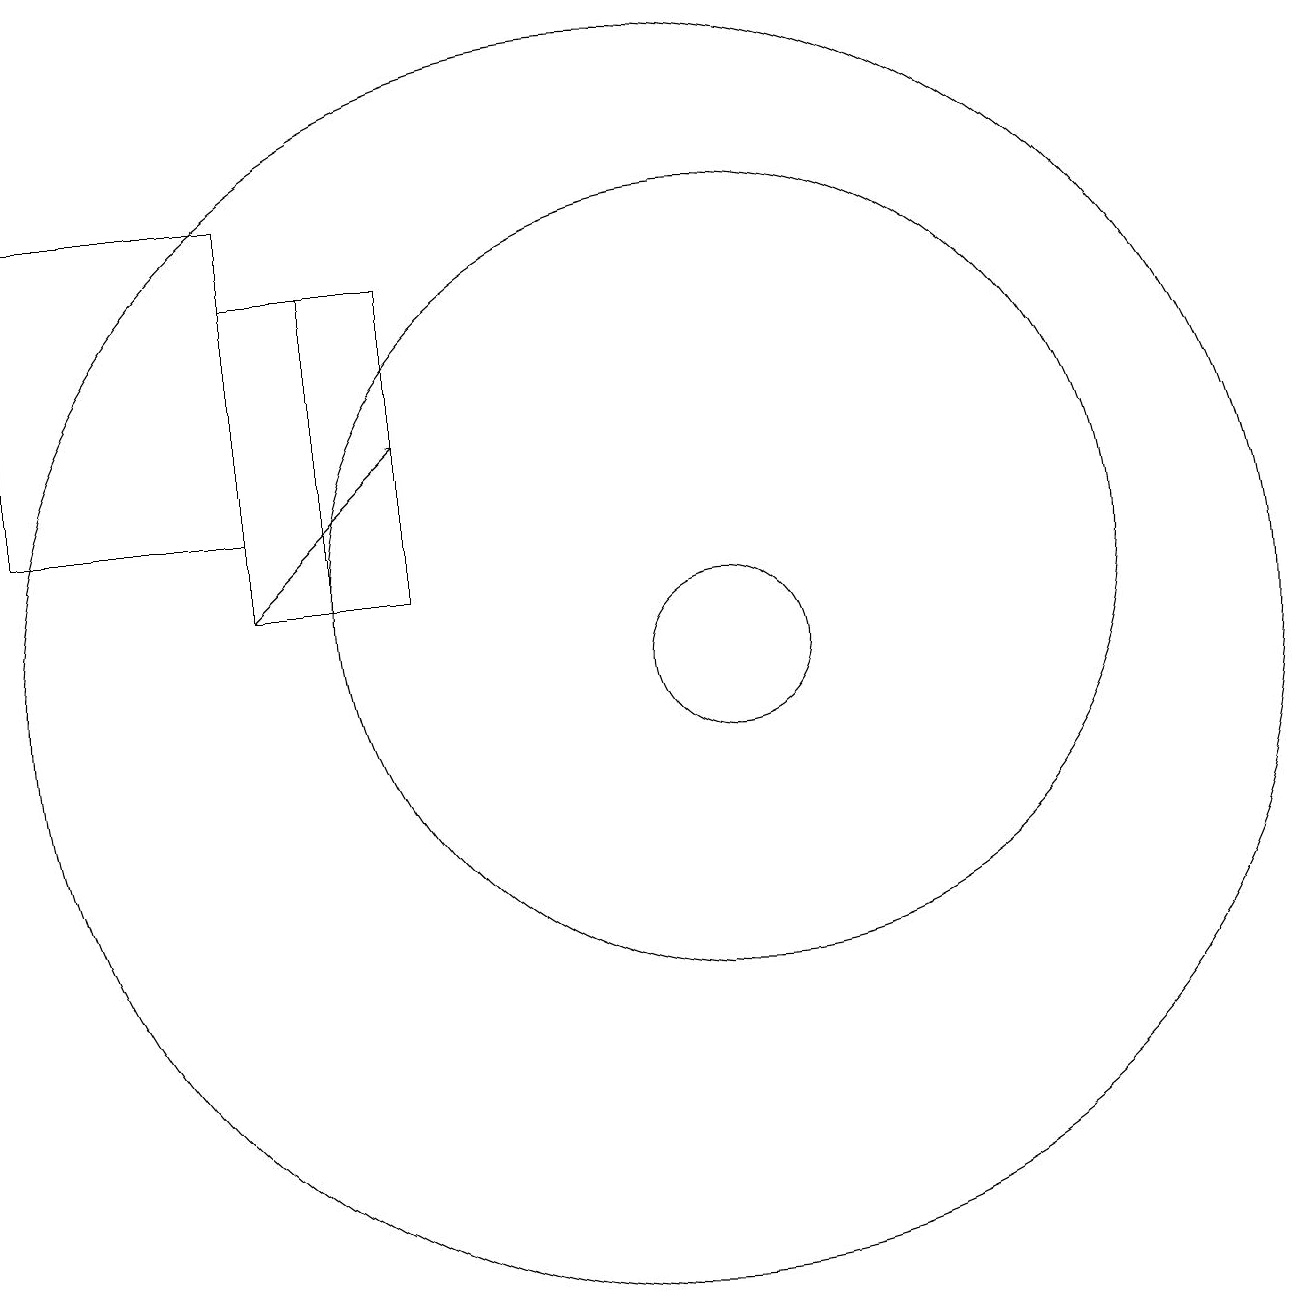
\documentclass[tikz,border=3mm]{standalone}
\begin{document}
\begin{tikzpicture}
\draw (10,10) circle (8);
\draw (5,16) rectangle (2,12);
\draw (7,15) rectangle (5,11);
\draw[->] (5,11) -- (7,13);
\draw (11,11) circle (5);
\draw (5,11) rectangle (6,15);
\draw (11,10) circle (1);
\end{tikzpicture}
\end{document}